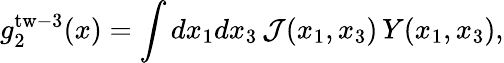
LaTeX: g_{2}^{\mathrm{tw-3}}(x)=\int dx_{1}dx_{3}\, {\cal J}(x_{1},x_{3})\, Y(x_{1},x_{3}),